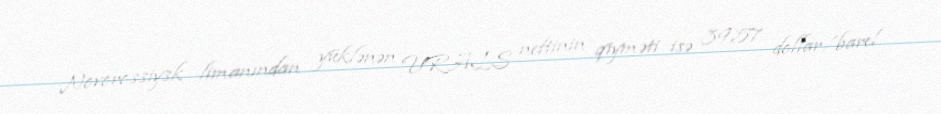
Novorossiysk limanından yüklənən URALS neftinin qiyməti isə 39,57 dollar/barel